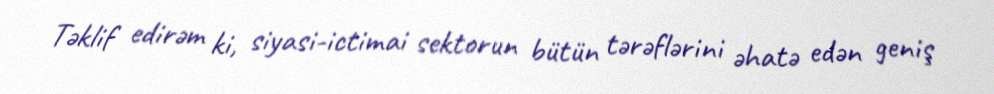
Təklif edirəm ki, siyasi-ictimai sektorun bütün tərəflərini əhatə edən geniş